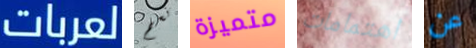
لعربات نعم متميزة اهتمامات عن